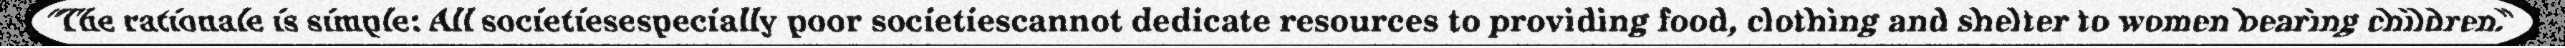
"The rationale is simple: All societiesespecially poor societiescannot dedicate resources to providing food, clothing and shelter to women bearing children."